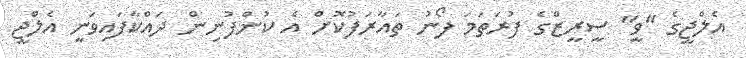
އެލްޖީގެ "ވީ" ސީރީޒްގެ ފުރަތަމަ ފޯނު ތައާރަފުކޮށް އެ ކުންފުނިން ދައްކާފައިވަނީ އެލްޖީ